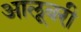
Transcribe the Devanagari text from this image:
आलूबरी